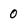
Character: 0